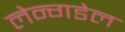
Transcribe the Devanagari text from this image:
लेन्गडेल